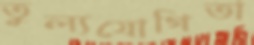
তুল্যযোগিতা